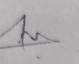
Signature authenticity: genuine